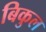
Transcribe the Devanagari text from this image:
बिकुल